Civil Veterinary Dept. Bombay admin report 1914-1922 - 1914-1922
Year: 1914
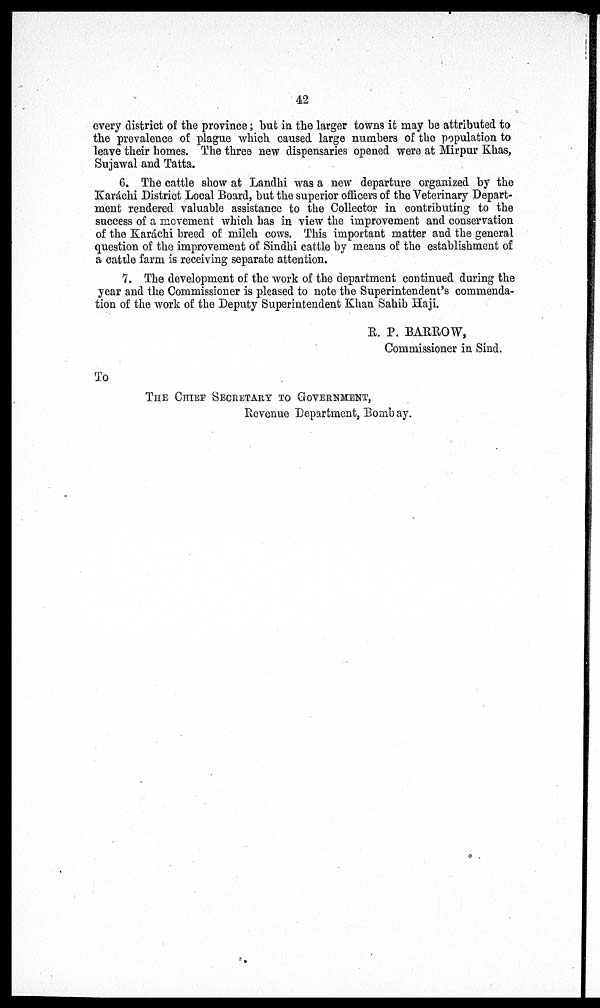
42
every district of the province; but in the larger towns it may be attributed to
the prevalence of plague which caused large numbers of the population to
leave their homes. The three new dispensaries opened were at Mirpur Khas,
Sujawal and Tatta.
6. The cattle show at Landhi was a new departure organized by the
Karáchi District Local Board, but the superior officers of the Veterinary Depart-
ment rendered valuable assistance to the Collector in contributing to the
success of a movement which has in view the improvement and conservation
of the Karáchi breed of milch cows. This important matter and the general
question of the improvement of Sindhi cattle by means of the establishment of
a cattle farm is receiving separate attention.
7. The development of the work of the department continued during the
year and the Commissioner is pleased to note the Superintendent's commenda-
tion of the work of the Deputy Superintendent Khan Sahib Haji.
R. P. BARROW,
Commissioner in Sind.
To
THE CHIEF SECRETARY TO GOVERNMENT,
Revenue Department, Bombay.